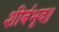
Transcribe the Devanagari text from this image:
शीर्बभूव॥